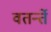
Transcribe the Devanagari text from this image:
वतर्न्ते